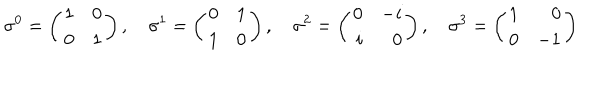
\sigma ^ { 0 } = \left( \begin{array} { r r } { { 1 } } & { { 0 } } \\ { { 0 } } & { { 1 } } \\ \end{array} \right) , \quad \sigma ^ { 1 } = \left( \begin{array} { r r } { { 0 } } & { { 1 } } \\ { { 1 } } & { { 0 } } \\ \end{array} \right) , \quad \sigma ^ { 2 } = \left( \begin{array} { r r } { { 0 } } & { { - i } } \\ { { i } } & { { 0 } } \\ \end{array} \right) , \quad \sigma ^ { 3 } = \left( \begin{array} { r r } { { 1 } } & { { 0 } } \\ { { 0 } } & { { - 1 } } \\ \end{array} \right)